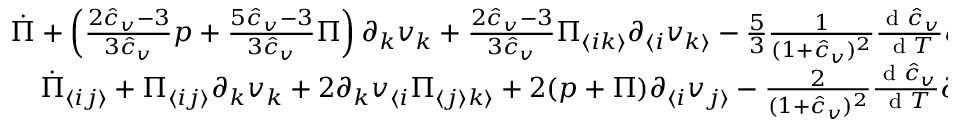
\begin{array} { r l } { \dot { \Pi } + \left( \frac { 2 \hat { c } _ { v } - 3 } { 3 \hat { c } _ { v } } p + \frac { 5 \hat { c } _ { v } - 3 } { 3 \hat { c } _ { v } } \Pi \right) \partial _ { k } v _ { k } + \frac { 2 \hat { c } _ { v } - 3 } { 3 \hat { c } _ { v } } \Pi _ { \langle i k \rangle } \partial _ { \langle i } v _ { k \rangle } - \frac { 5 } { 3 } \frac { 1 } { ( 1 + \hat { c } _ { v } ) ^ { 2 } } \frac { \textrm { d } \hat { c } _ { v } } { \textrm { d } T } q _ { k } \partial _ { k } T + \frac { 2 \hat { c } _ { v } - 3 } { 3 \hat { c } _ { v } ( 1 + \hat { c } _ { v } ) } \partial _ { k } q _ { k } } & { { } = - \frac { 1 } { \tau _ { \Pi } } \Pi , } \\ { \dot { \Pi } _ { \langle i j \rangle } + \Pi _ { \langle i j \rangle } \partial _ { k } v _ { k } + 2 \partial _ { k } v _ { \langle i } \Pi _ { \langle j \rangle k \rangle } + 2 ( p + \Pi ) \partial _ { \langle i } v _ { j \rangle } - \frac { 2 } { ( 1 + \hat { c } _ { v } ) ^ { 2 } } \frac { \textrm { d } \hat { c } _ { v } } { \textrm { d } T } \partial _ { k } T q _ { \langle i } \delta _ { j \rangle k } + \frac { 2 } { 1 + \hat { c } _ { v } } \partial _ { \langle j } q _ { i \rangle } } & { { } = - \frac { 1 } { \tau _ { S } } \Pi _ { \langle i j \rangle } , } \end{array}